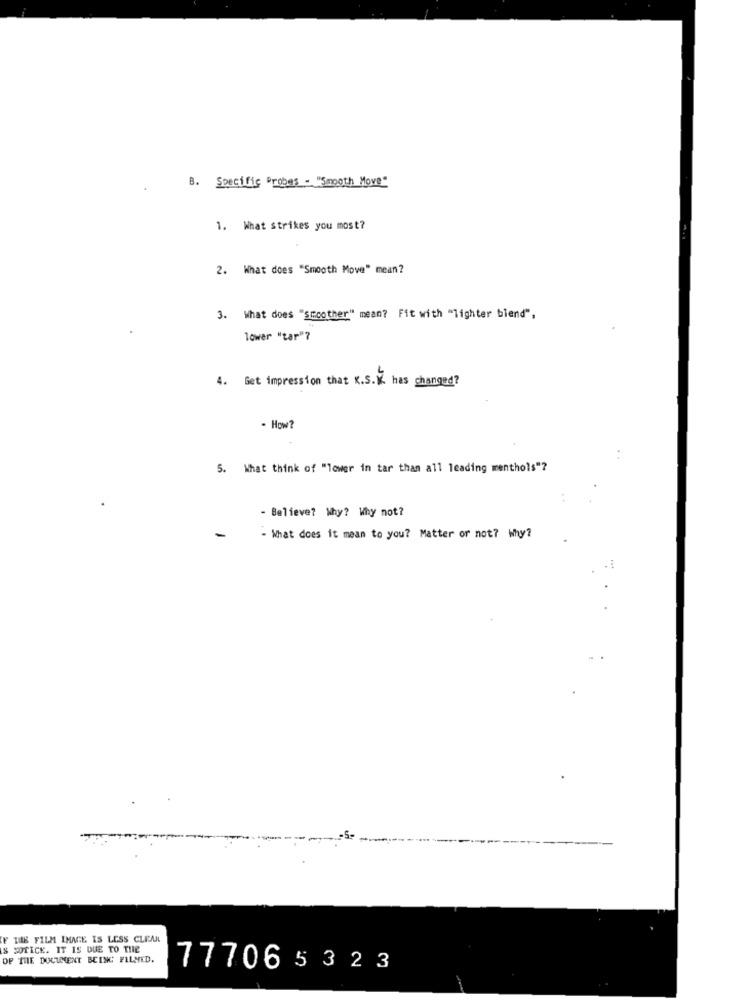
B. Specific Probes - "Smooth Move"
1. What strikes you most?
2. What does "Smooth Move" mean?
3. What does "smoother" mean? Fit with "lighter biend",
lower "tar"?
4. Get impression that K.S.W. has changed?
- How?
..
5. What think of "lower in tar than all leading menthols"?
- Believe? Why? Why not?
-
- What does it mean to you? Matter or not? why?
THE FILM IMAGE IS LESS CLEAR
IS SOTICE. IT IS DUE TO THE
OF THE DOCUMENT BEING FILMED.
777065323